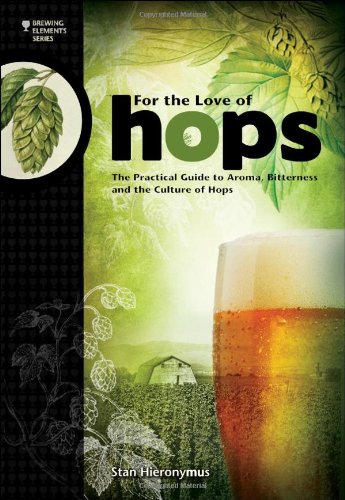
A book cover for For The Love of Hops: The Practical Guide to Aroma, Bitterness and the Culture of Hops (Brewing Elements); Stan Hieronymus; Cookbooks, Food & Wine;